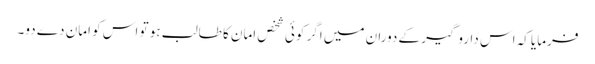
فرمایا کہ اس داروگیر کے دوران میں اگر کوئی شخص امان کا طالب ہو تو اس کو امان دے دو۔